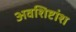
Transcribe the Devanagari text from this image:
अवशिष्टांश